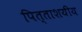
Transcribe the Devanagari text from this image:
पित्ताशयीय